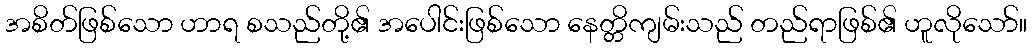
အစိတ်ဖြစ်သော ဟာရ စသည်တို့၏ အပေါင်းဖြစ်သော နေတ္တိကျမ်းသည် တည်ရာဖြစ်၏ ဟူလိုသော်။